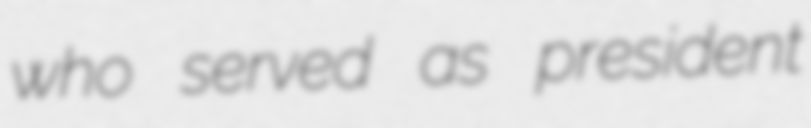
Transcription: who served as president